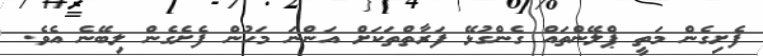
ފެށިގެން މަތީ ޕްލޭންތައް ގެންގުޅޭ ފަރާތްތަކަށް އަންްނަ މަހުން ފެށެގެން ލިބޭނެ އެވެ.